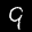
Label: 9